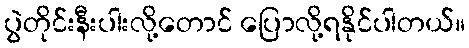
ပွဲတိုင်းနီးပါးလို့တောင် ပြောလို့ရနိုင်ပါတယ်။